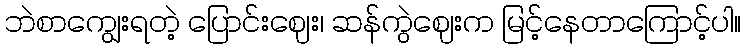
ဘဲစာကျွေးရတဲ့ ပြောင်းဈေး၊ ဆန်ကွဲဈေးက မြင့်နေတာကြောင့်ပါ။